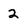
Character: 2